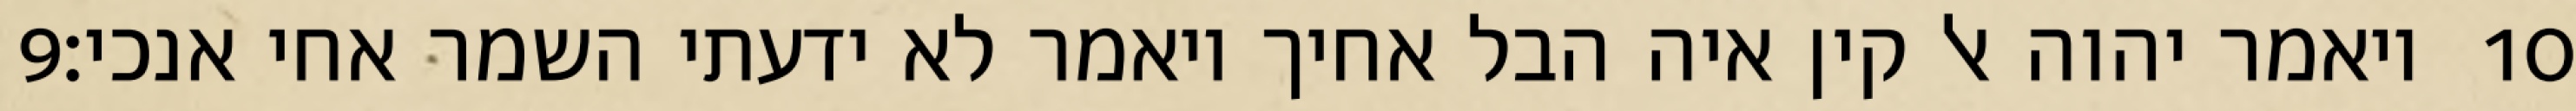
‎9‏ ויאמר יהוה אל קין איה הבל אחיך ויאמר לא ידעתי השמר אחי אנכי׃ ‎10‏